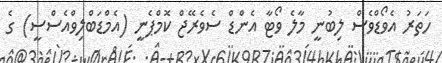
ހަތަރު އެވޯޑްވެސް ލިބުނީ މާލެ ވޯޓާ އެންޑް ސެވެރޭޖް ކޮމްޕެނީ (އެމްޑަބްލިވްއެސްސީ) ގެ